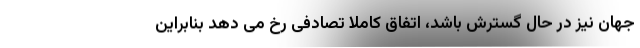
جهان نیز در حال گسترش باشد، اتفاق کاملا تصادفی رخ می دهد بنابراین